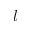
l